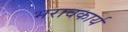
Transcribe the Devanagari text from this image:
भरावकार्य